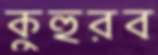
কুহুরব